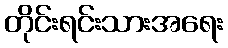
တိုင်းရင်းသားအရေး